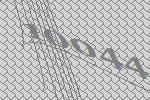
10044